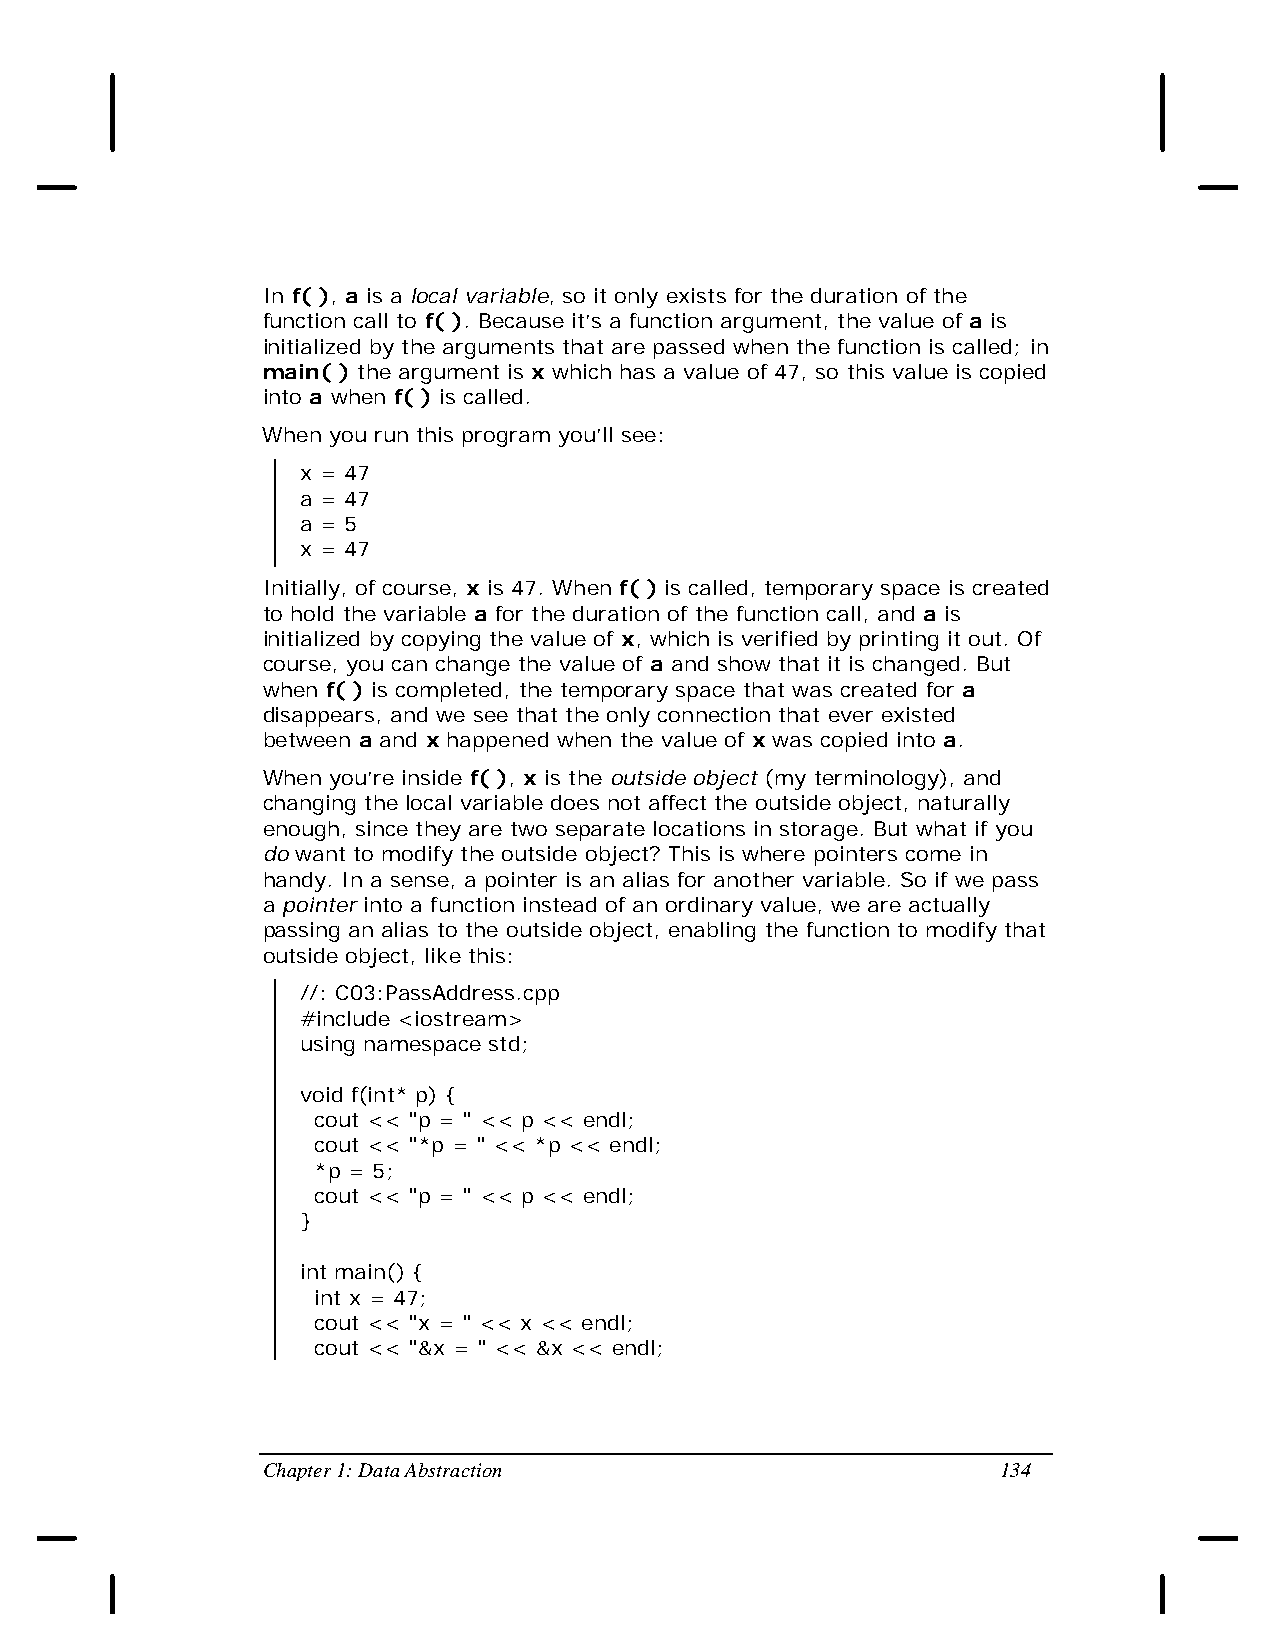
In f( ), a is a local variable, so it only exists for the duration of the
 function call to f( ). Because it’s a function argument, the value of a is
 initialized by the arguments that are passed when the function is called; in
 main( ) the argument is x which has a value of 47, so this value is copied
 into a when f( ) is called.
 When you run this program you’ll see:
 x = 47
 a = 47
 a = 5
 x = 47
 Initially, of course, x is 47. When f( ) is called, temporary space is created
 to hold the variable a for the duration of the function call, and a is
 initialized by copying the value of x, which is verified by printing it out. Of
 course, you can change the value of a and show that it is changed. But
 when f( ) is completed, the temporary space that was created for a
 disappears, and we see that the only connection that ever existed
 between a and x happened when the value of x was copied into a.
 When you’re inside f( ), x is the outside object (my terminology), and
 changing the local variable does not affect the outside object, naturally
 enough, since they are two separate locations in storage. But what if you
 do want to modify the outside object? This is where pointers come in
 handy. In a sense, a pointer is an alias for another variable. So if we pass
 a pointer into a function instead of an ordinary value, we are actually
 passing an alias to the outside object, enabling the function to modify that
 outside object, like this:
 //: C03:PassAddress.cpp
 #include <iostream>
 using namespace std;
 void f(int* p) {
 cout << "p = " << p << endl;
 cout << "*p = " << *p << endl;
 *p = 5;
 cout << "p = " << p << endl;
 }
 int main() {
 int x = 47;
 cout << "x = " << x << endl;
 cout << "&x = " << &x << endl;
 Chapter 1: Data Abstraction                      134